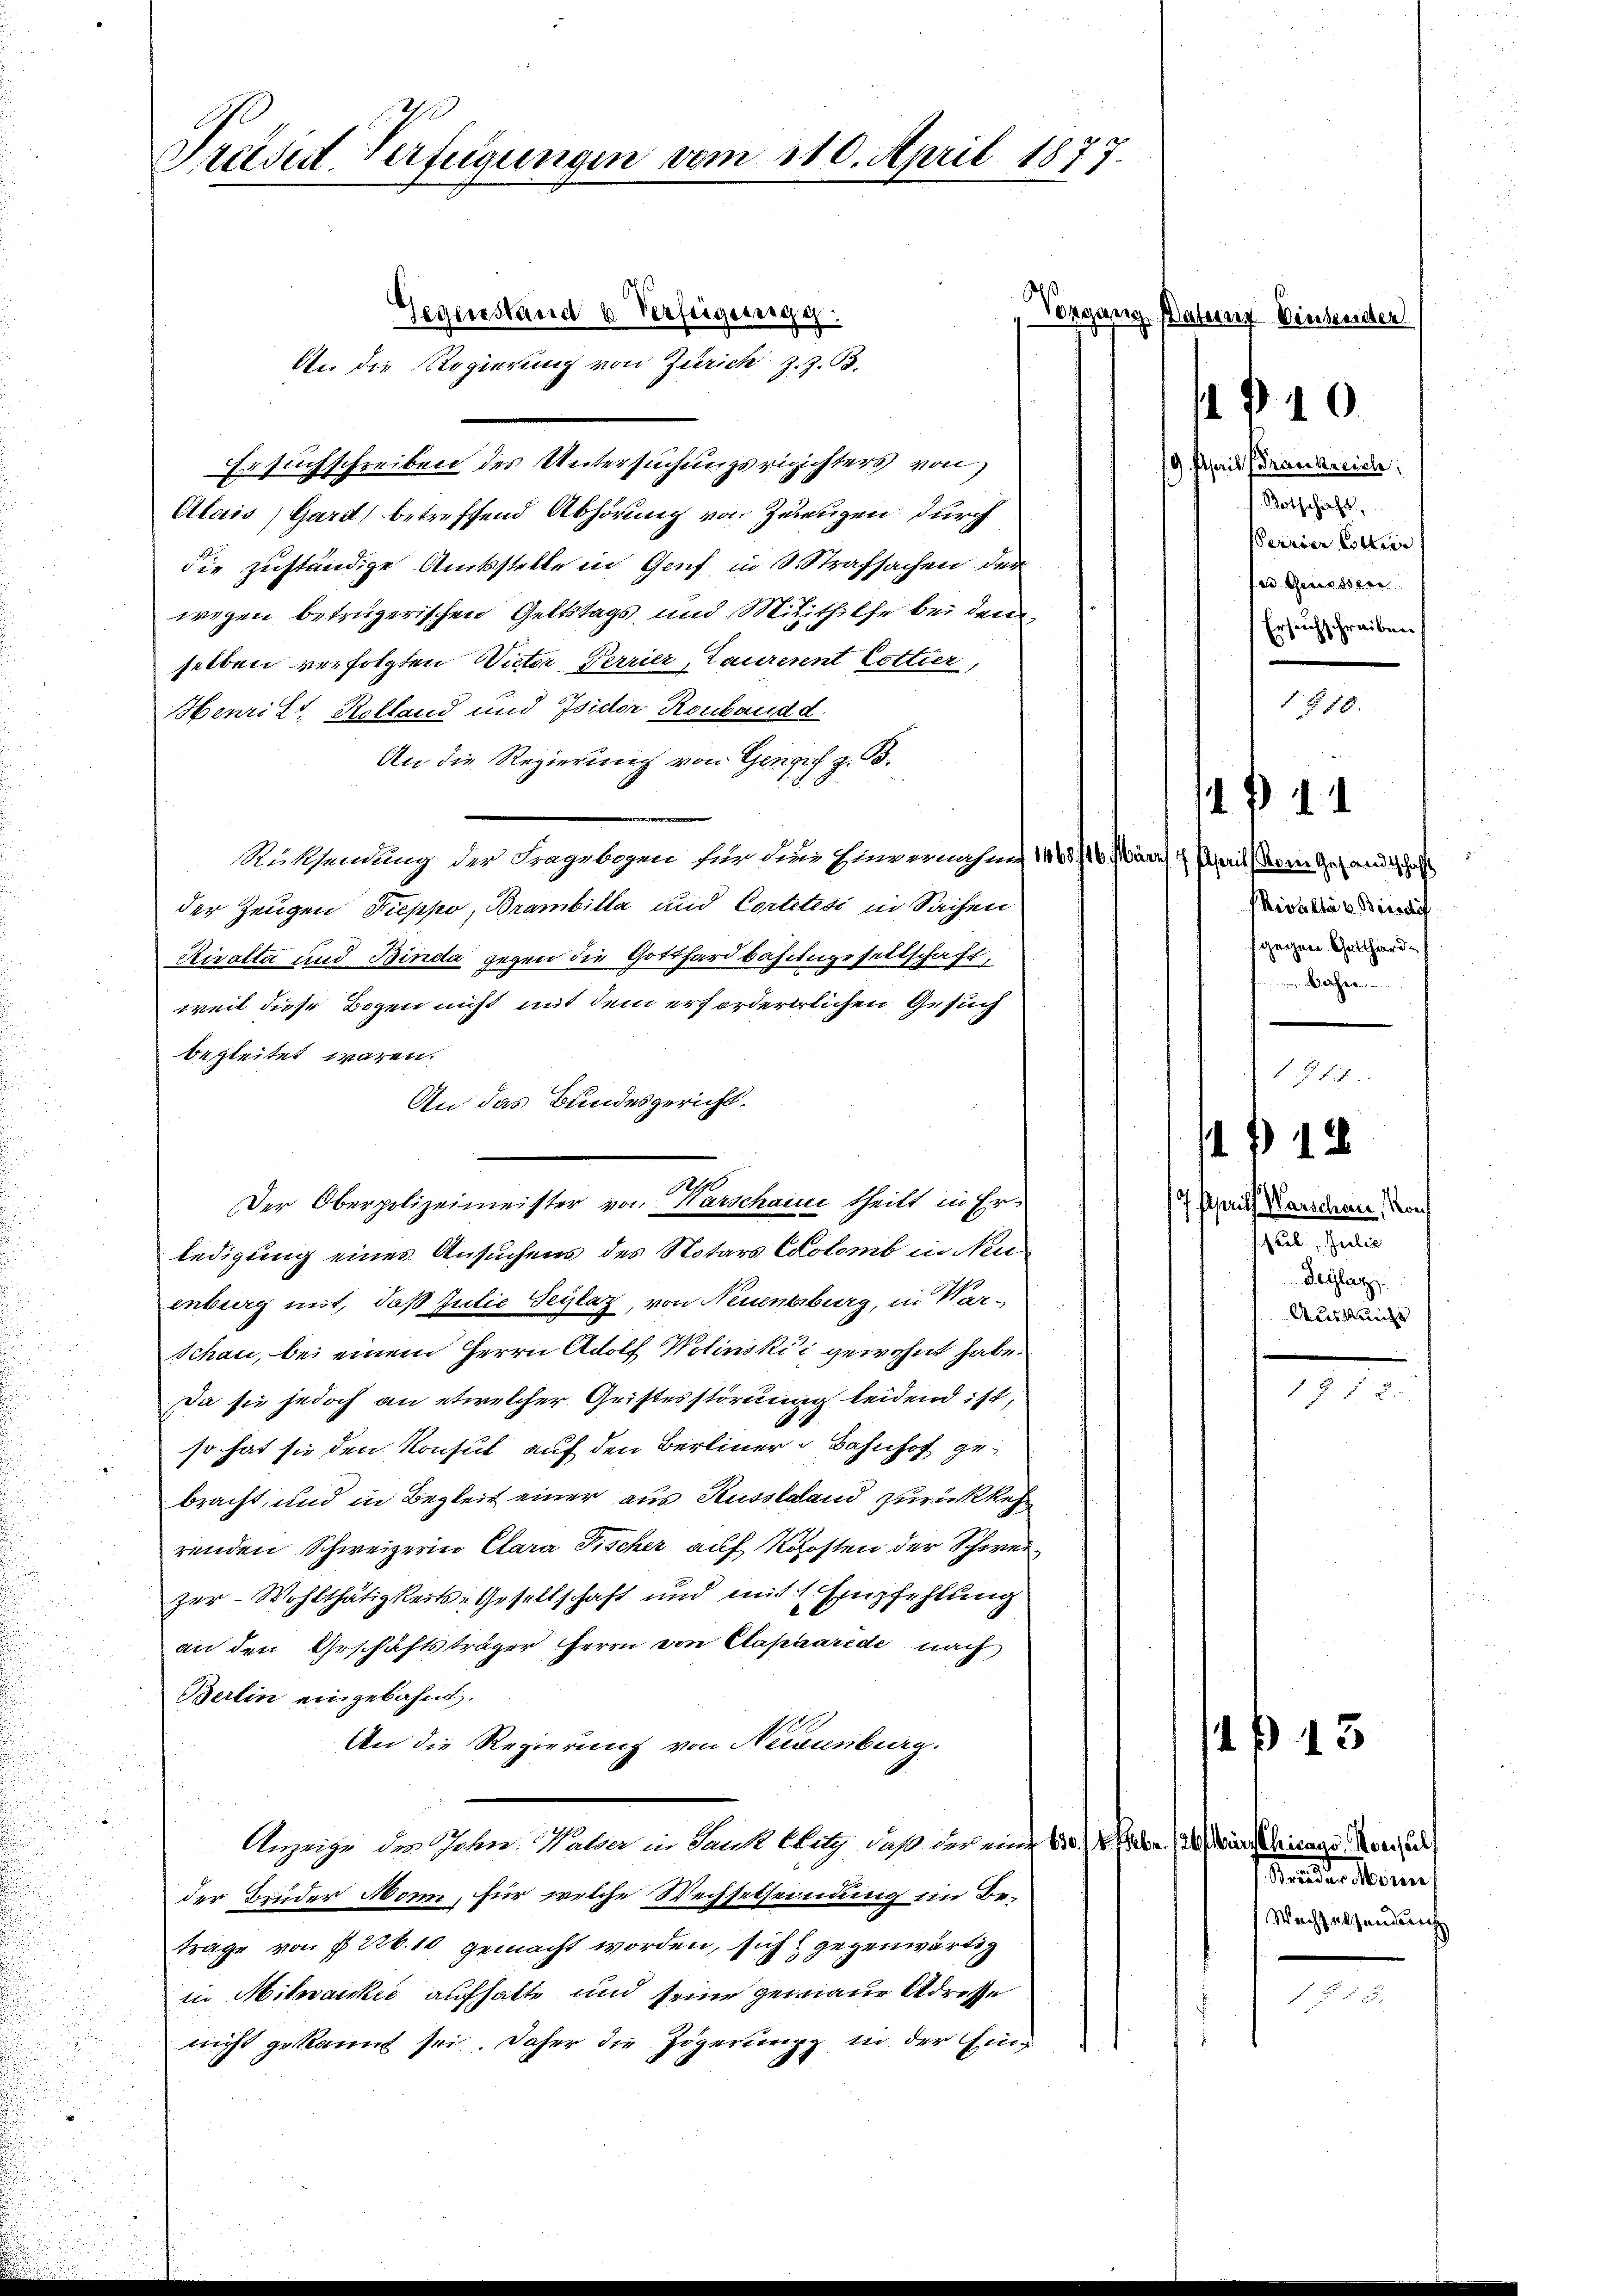
Preises Verfügungen vom 110. April 1877.

Gegenstand 6 Verfügungs
An die Regierung von Zürich z. Z. B.
Er suchschreiben des Untersuchungsrichters von
Alais, Gard) betreffend Abhörung von Zeugen durch
die zuständige Amtsstelle in Genf in 3. Strafsachen der
wegen betrügerischen Geltstags und Mitzthilfe bei den
selben verfolgten Victor, Perrier, Laurerent Cottier,
Henritt, Kolland und Isidor Ronband d.
An die Regierung von Gengif z. B.
Rüksendung der Fragebogen für die Einvernahms 1468/16. wären 4. April (deren Gesandtschaft
der Zeugen Pieppo, Branbilla und Cortetesi in Sachen
Rivalta und Binda gegen die Gotthardbahngesellschaft,
weil diese Bogen nicht mit dem erfordererlichen Gesuch
begleitet waren.
An das Bundesgericht
Der Oberpolizeimeister von Karschau theilt in Ers
ledigung eines Ansuchens des Notars Colomb in Neuenburg mit, daß Julie Teilaz, von Neuenburg, in War¬
Schau, bei einem Herrn Adolf Wolinski, gewohnt habe.
Da sie jedoch an etwelcher Gristesstöruung leidend ist,
so hat sie den Konsul auf den Berliner Bahnhof gebracht, und in Begleit einer aus Russland zurückkehr
renden Schweizerin Clara Fischer auf Kosten der Schweizer-Wohlthätigkeits-Gesellschaft und mit 1 Empfehlung
an den Geschäftsträger Herrn von Etapaarede nach
Berlin eingebahnt.
An die Regierung von Neuenburg.
Anzeige des Jahn, Walder in Dank litz, daß der ein 10. habe. (des Kirschicago Merz und
der Binder Monn, für welche Wechselseindung im Beträge von § 226. 10 gemacht worden, sich gegenwärtig
in Mihankes aufhalte und seine gemaue Adresse
nicht gekannt sei. Daher die Zögerung in der Ein¬

Vorgang Datung binsender
19. April (Frankreiche
Botschaft,
Perrier, Cottier
ad. Geniessen
Ersuchschreiben.

1840.

1 § 18.

PRivaltas Birsdif
gegen Gotthardin Bahren

1444

Aprils Warschen Konf
hub, Julie
Beylag
Auskunft

11 18

971.

.

4 ß. 13

Standen Mann
Wachselsendung